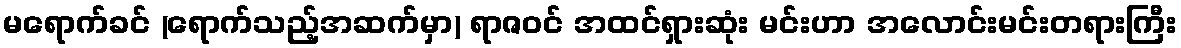
မရောက်ခင် (ရောက်သည့်အဆက်မှာ) ရာဇဝင် အထင်ရှားဆုံး မင်းဟာ အလောင်းမင်းတရားကြီး